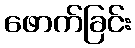
ဖောက်ခြင်း